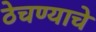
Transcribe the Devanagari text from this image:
ठेचण्याचे